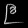
Digit: ၉